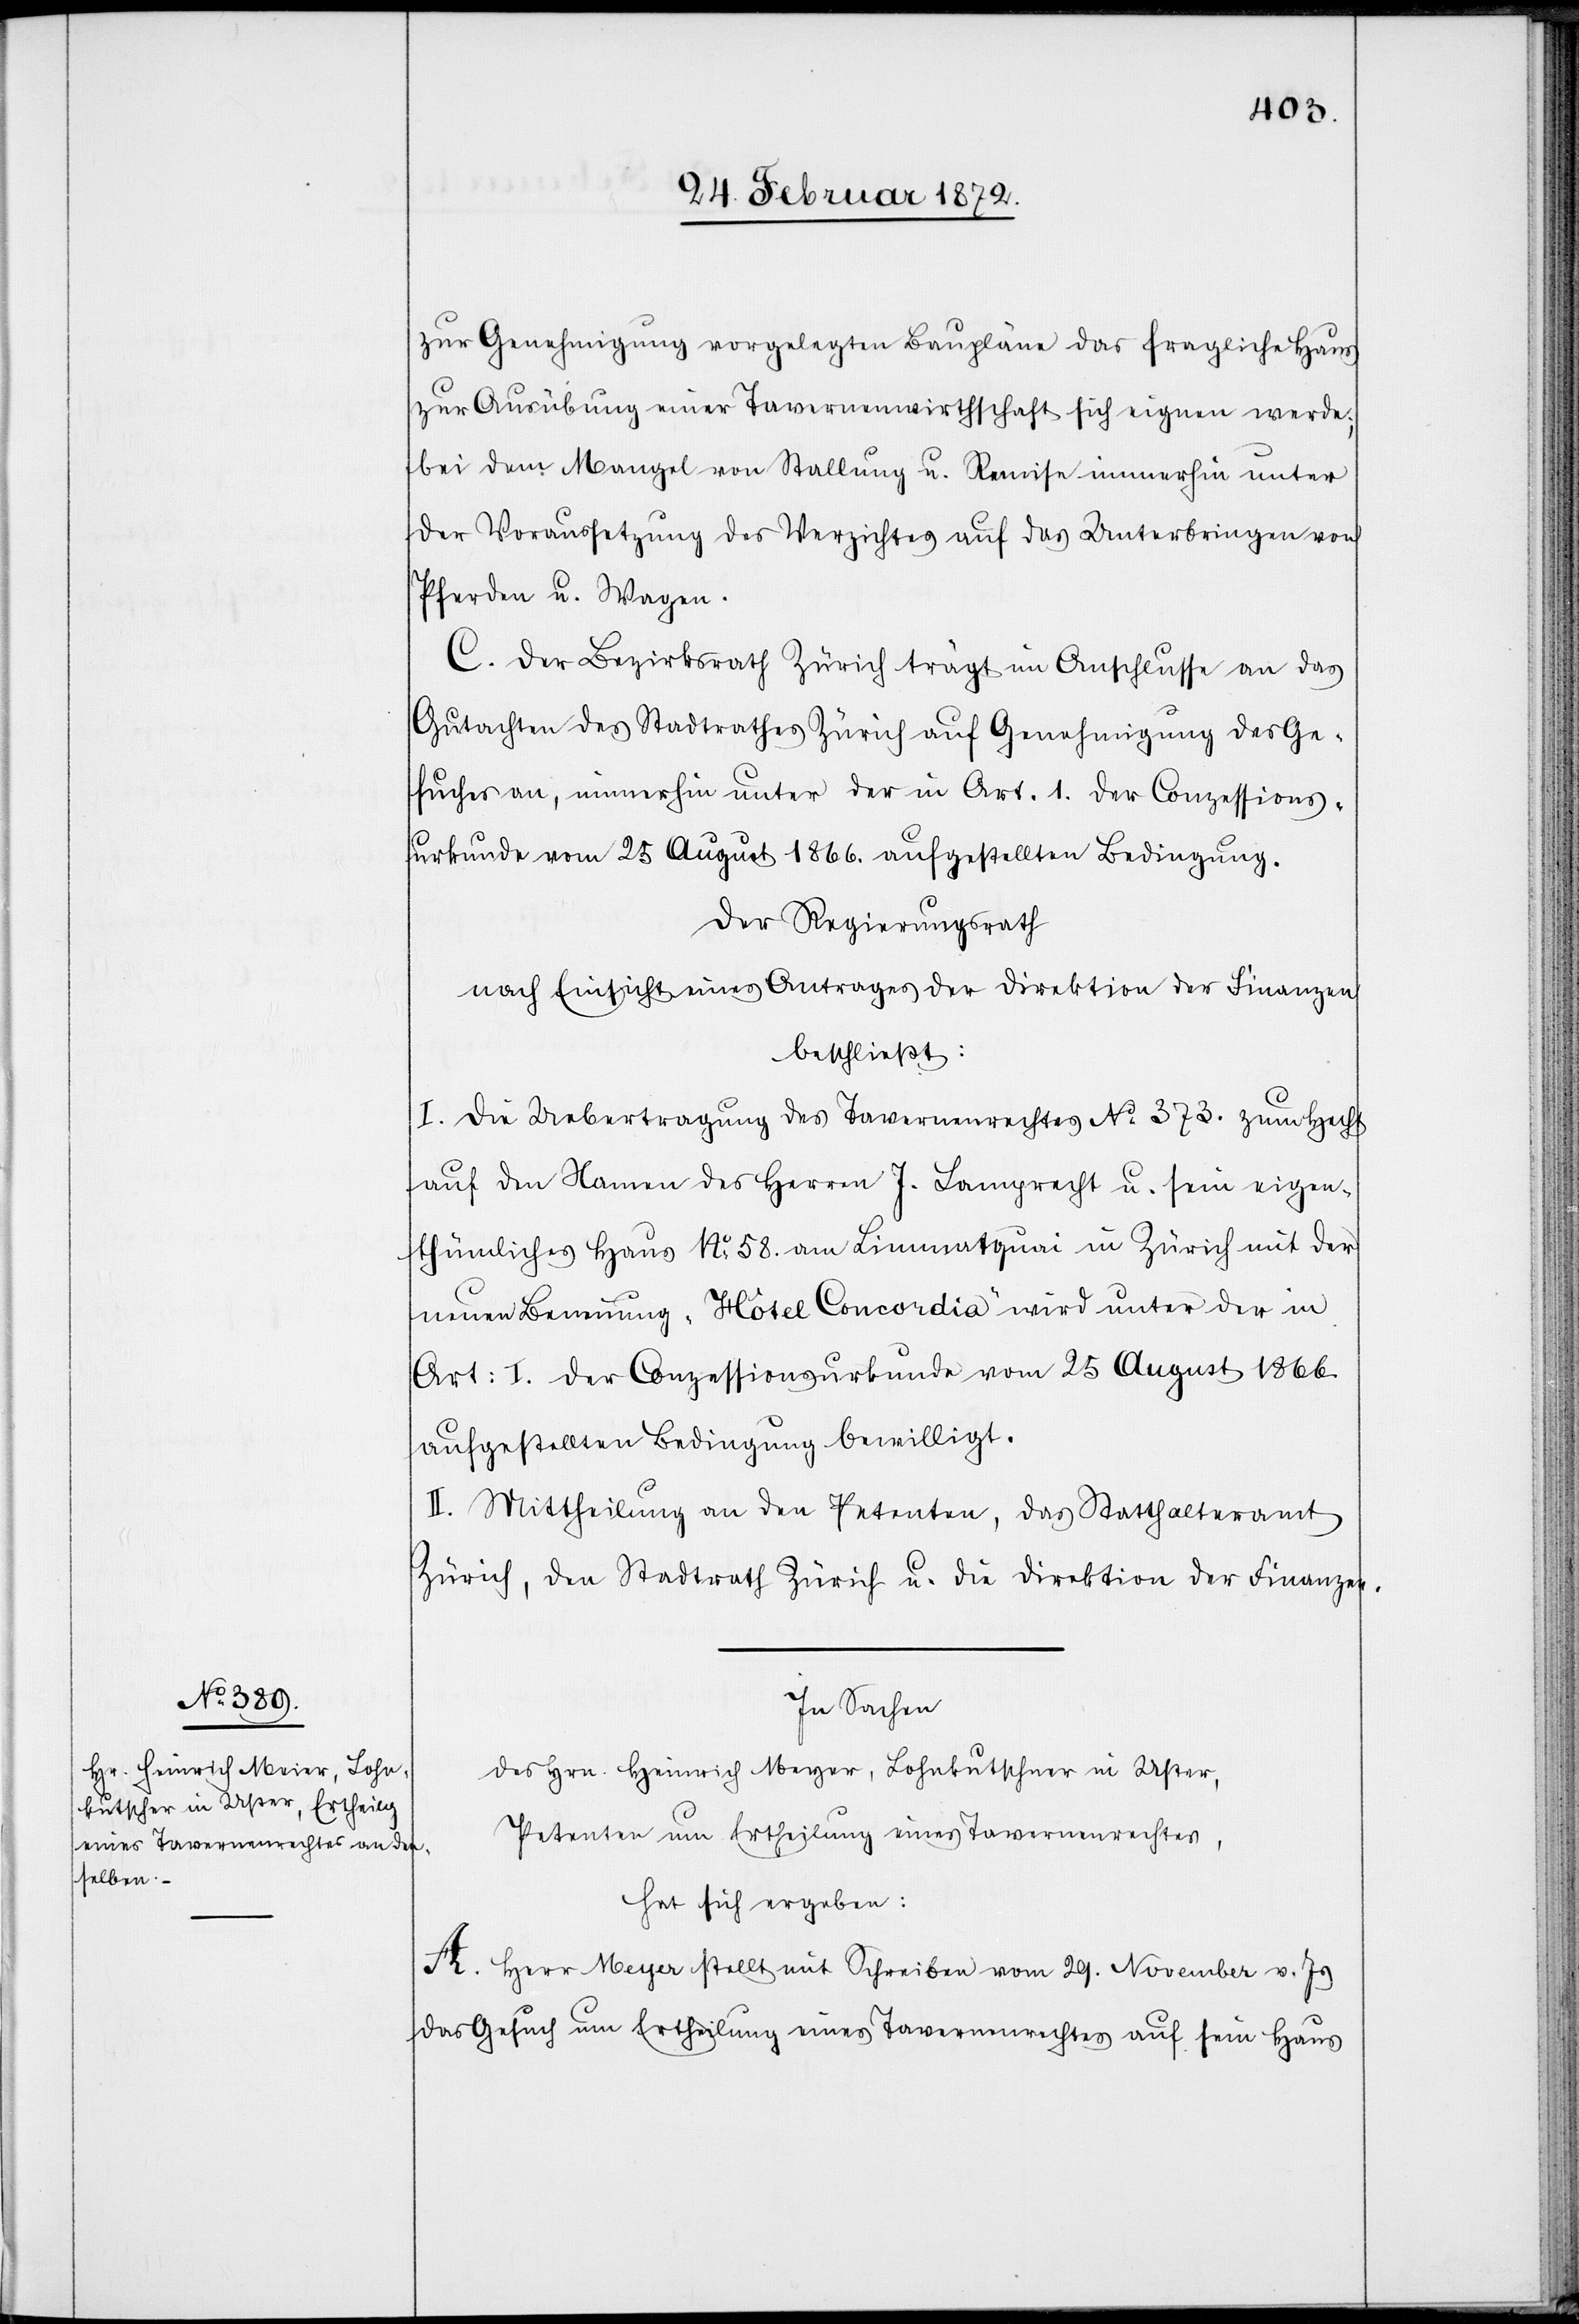
zur Genehmigung vorgelegten Baupläne das fragliche Haus
zur Ausübung einer Tavernenwirthschaft sich eignen werde;
bei dem Mangel von Stallung u. Remise immerhin unter
der Voraussetzung des Verzichtes auf das Unterbringen von
Pferden u. Wagen.
C. Der Bezirksrath Zürich trägt im Anschlusse an das
Gutachten des Stadtrathes Zürich auf Genehmigung des Ge¬
suches an, immerhin unter der in Art. 1. der Conzessions¬
urkunde vom 25 August 1866. aufgestellten Bedingung.
Der Regierungsrath
nach Einsicht eines Antrages der Direktion der Finanzen
beschließt:
I. Die Uebertragung des Tavernenrechtes No 373. zum Hecht
auf den Namen des Herren J. Lamprecht u. sein eigen¬
thümliches Haus No 58. am Limmatquai in Zürich mit der
neuen Benennung „Hôtel Concordia“ wird unter der in
Art. 1. der Conzessionsurkunde vom 25 August 1866
aufgestellten Bedingung bewilligt.
II. Mittheilung an den Petenten, das Statthalteramt
Zürich, den Stadtrath Zürich u. die Direktion der Finanzen.
In Sachen
des Hrn. Heinrich Meyer, Lohnkutschner [sic!] in Uster,
Petenten um Ertheilung eines Tavernenrechtes,
hat sich ergeben:
A. Herr Meyer stellt mit Schreiben vom 29. November v. Js.
das Gesuch u Ertheilung eines Tavernenrechtes auf sein Haus